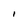
Character: I